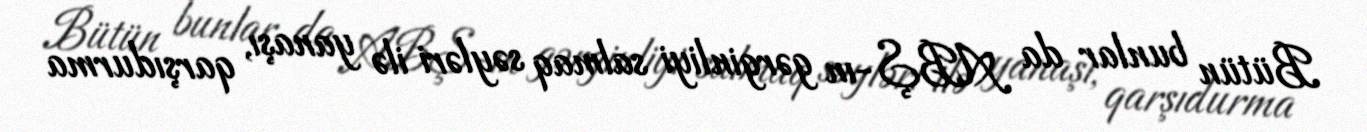
Bütün bunlar da ABŞ-ın gərginliyi salmaq səyləri ilə yanaşı, qarşıdurma